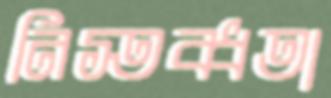
নিস্তব্ধতা